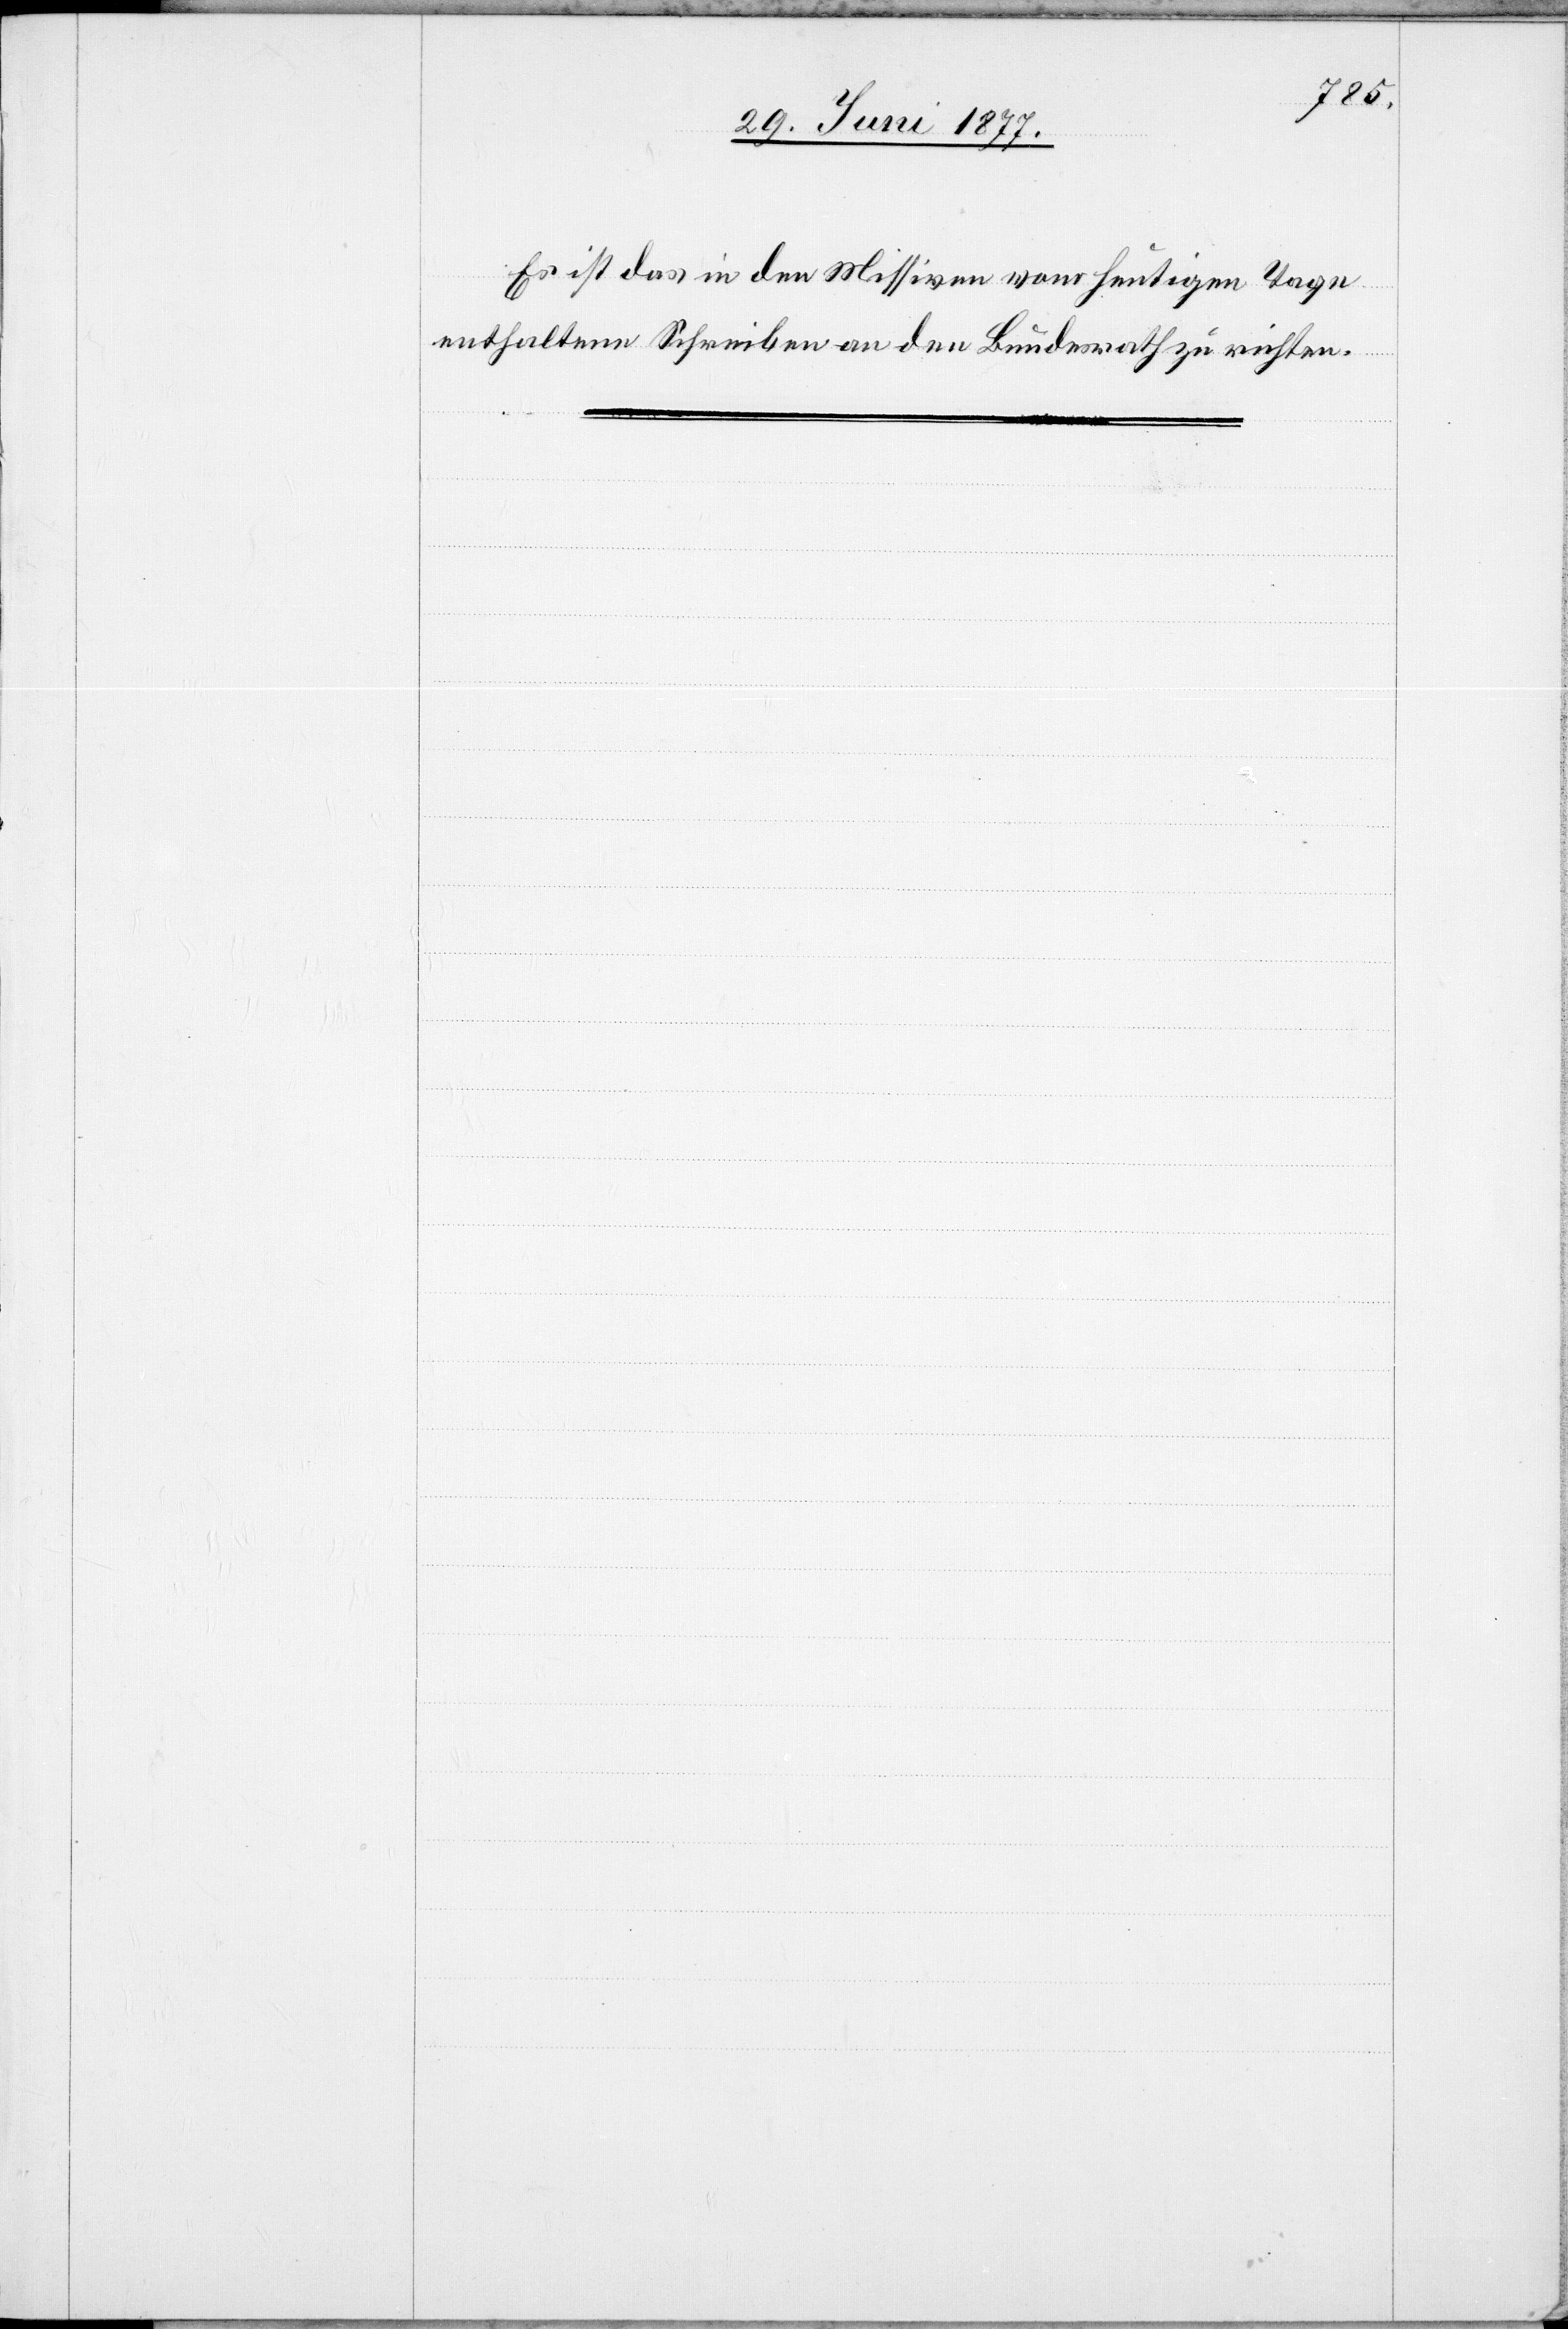
Es ist das in den Missiven vom heutigen Tage
enthaltene Schreiben an den Bundesrath zu richten.